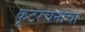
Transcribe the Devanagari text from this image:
कूटरचनांचा